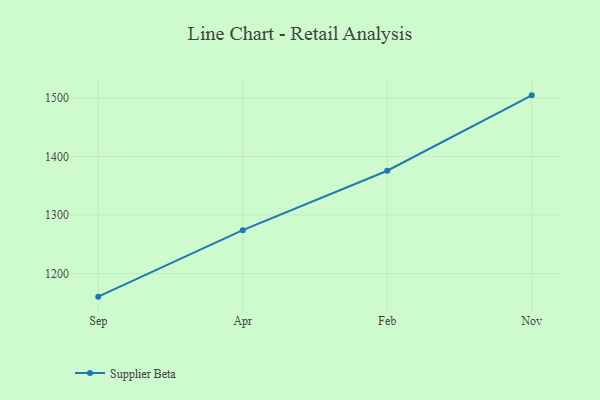
{"axis": {"x": "Month", "y": "Backlog"}, "legend": ["Supplier Beta"], "data": [{"x": "Sep", "y": 1160.6, "type": "Supplier Beta"}, {"x": "Apr", "y": 1274.1, "type": "Supplier Beta"}, {"x": "Feb", "y": 1375.6, "type": "Supplier Beta"}, {"x": "Nov", "y": 1504.4, "type": "Supplier Beta"}]}